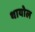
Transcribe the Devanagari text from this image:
थायोल